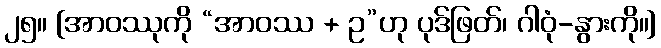
၂၅။ [အာဝဿုကို “အာဝဿ + ဥ”ဟု ပုဒ်ဖြတ်၊ ဂါဝုံ-နွားကို။]